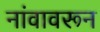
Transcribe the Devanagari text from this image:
नांवावरून